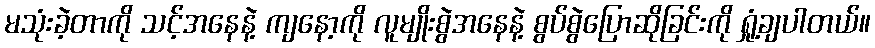
မသုံးခဲ့တာကို သင့်အနေနဲ့ ကျနော့ကို လူမျိုးစွဲအနေနဲ့ စွပ်စွဲပြောဆိုခြင်းကို ရှုံ့ချပါတယ်။